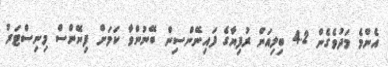
އެންމެ މަދުވެގެން 4.2 ބިލިއަން ރުފިޔާގެ ފައިނޭންސިން ބޭނުންވާ ކަމަށް ފިނޭންސް މިނިސްޓަރު